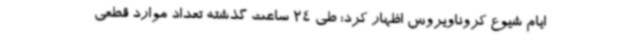
ایام شیوع کروناویروس اظهار کرد: طی 24 ساعت گذشته تعداد موارد قطعی